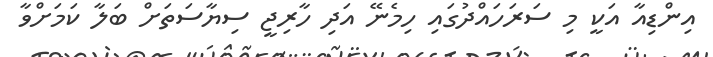
އިންޑިއާ އަކީ މި ސަރަހައްދުގައި ހިމެނޭ އަދި ހާރިޖީ ސިޔާސަތަށް ބަލާ ކަމަށްވާ